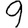
Digit: 9